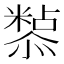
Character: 𭟀